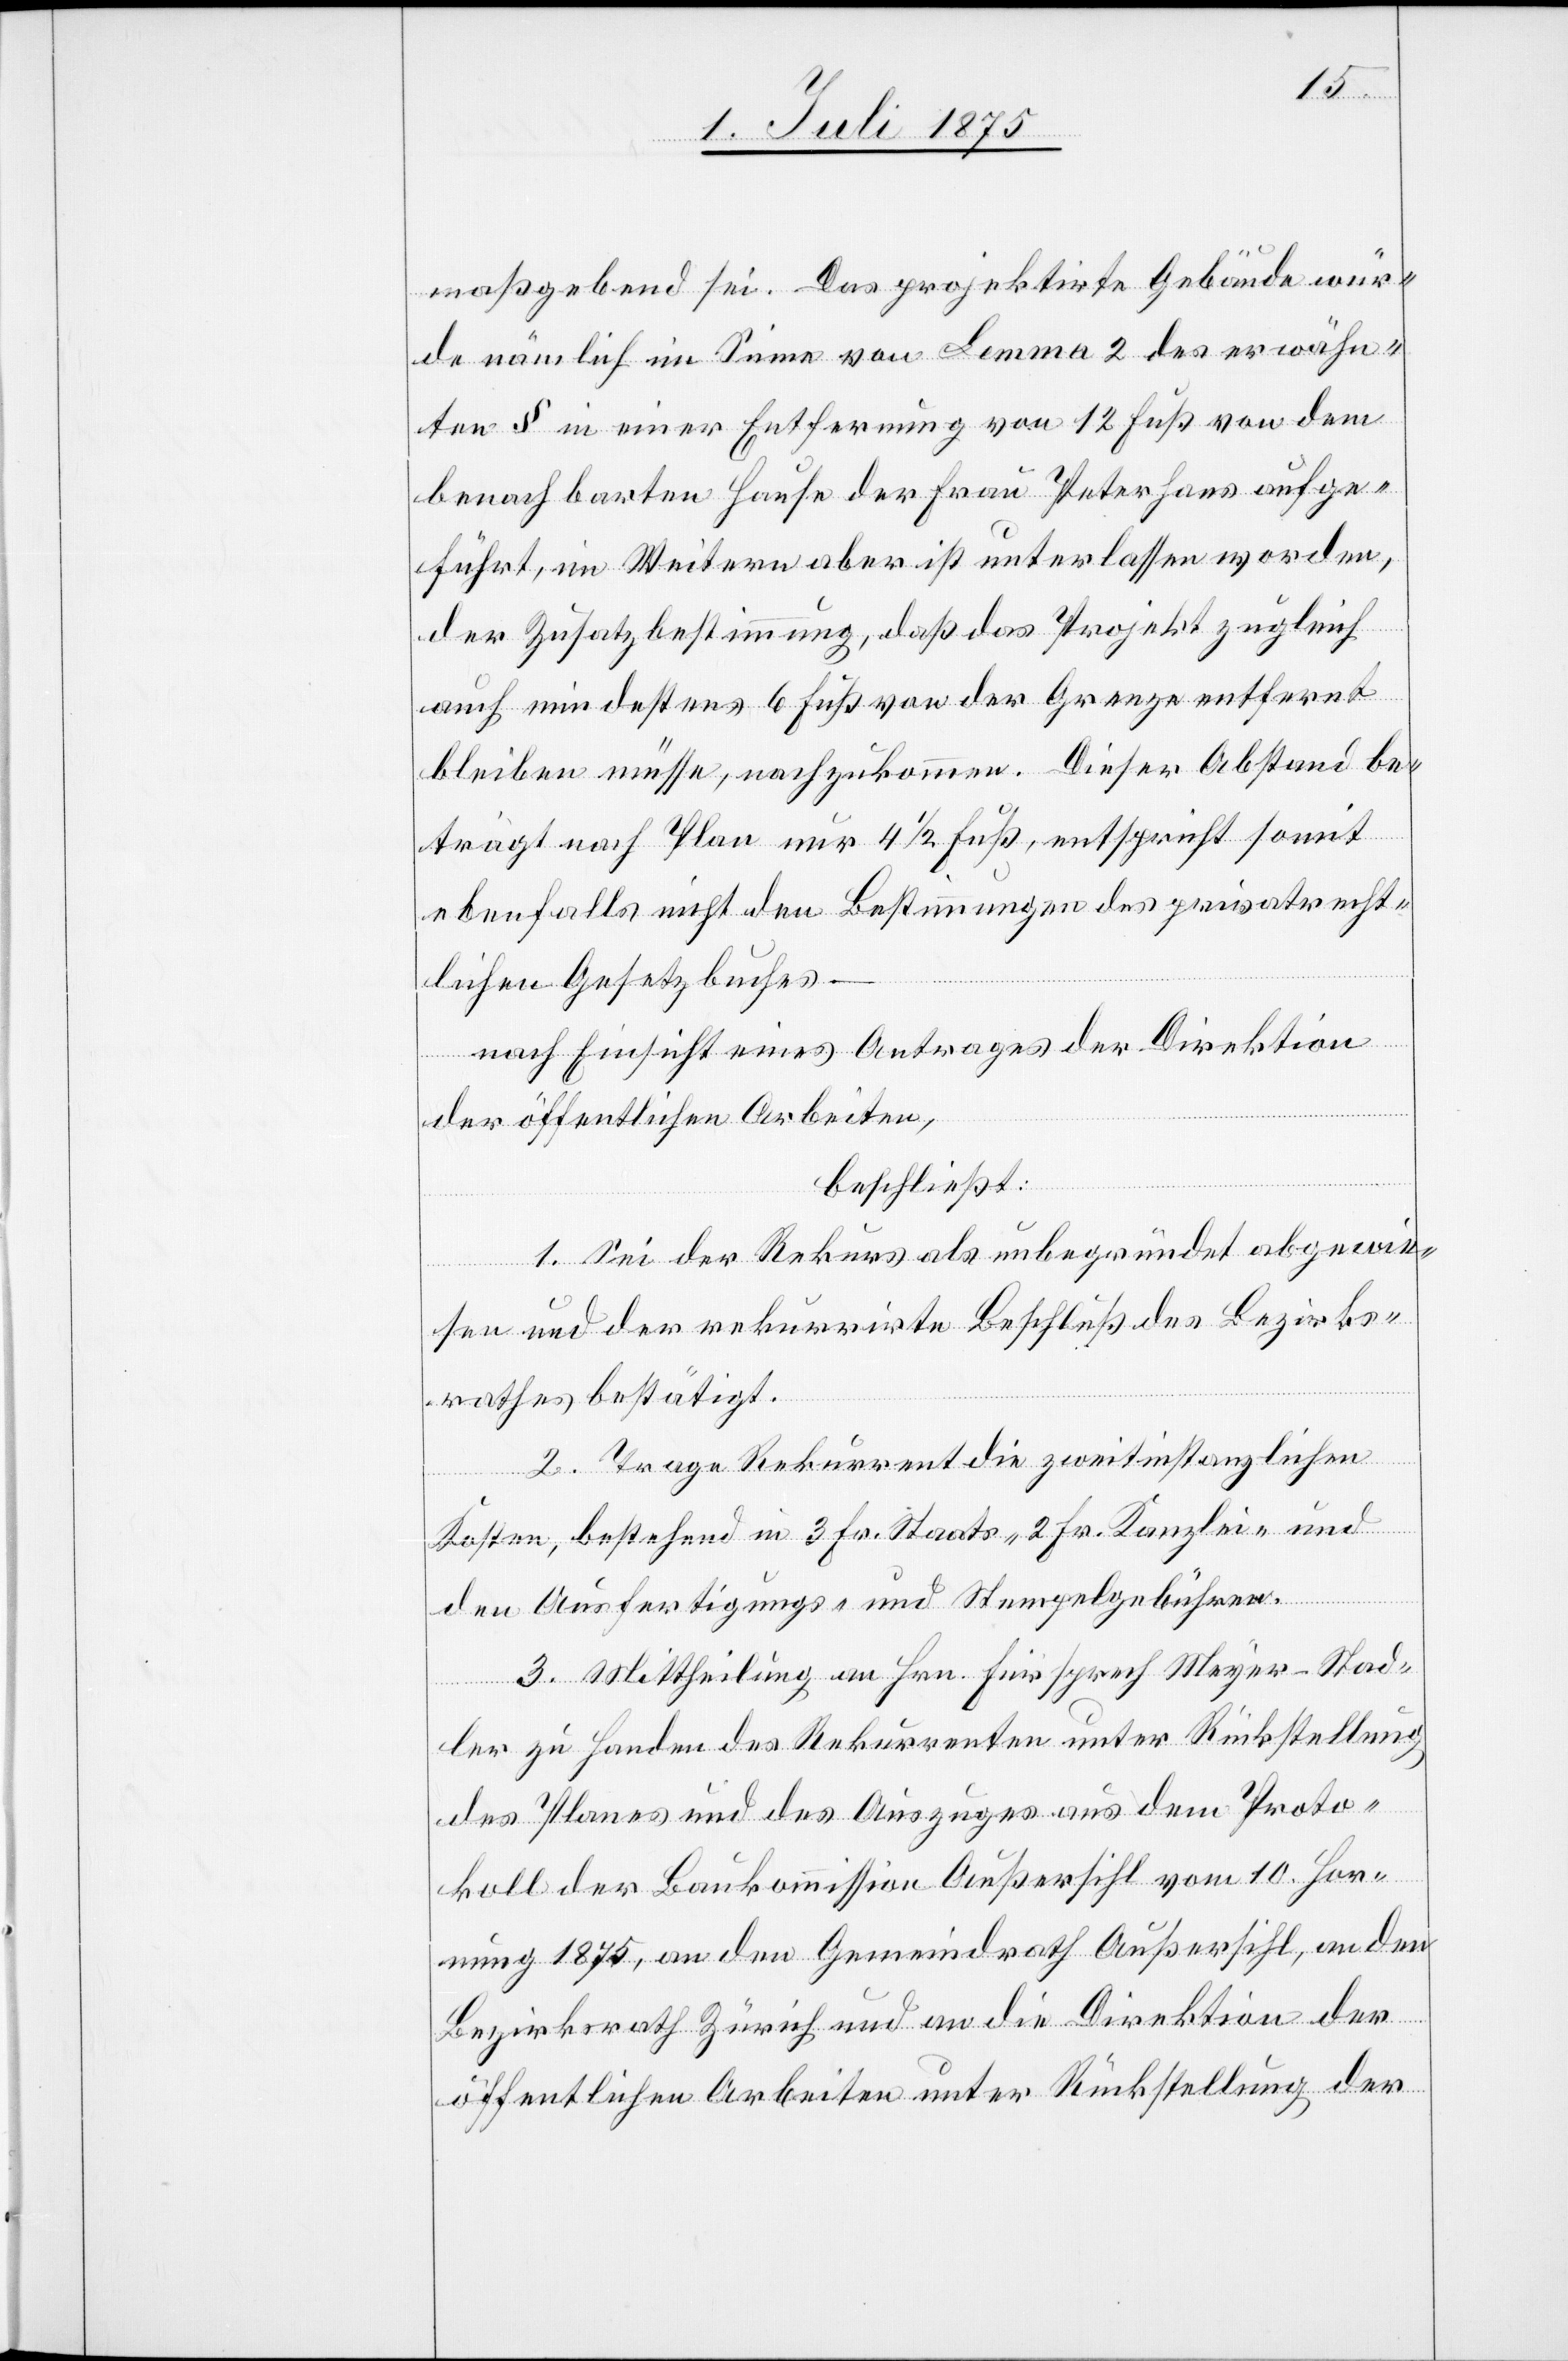
maßgebend sei. Das projektirte Gebäude wür¬
de nämlich im Sinne von Lemma 2 des erwähn¬
ten § in einer Entfernung von 12 Fuß von dem
benachbarten Hause der Frau Peterhans aufge¬
führt, im Weitern aber ist unterlassen worden,
der Zusatzbestimmung, daß das Projekt zugleich
auch mindestens 6 Fuß von der Grenze entfernt
bleiben müsse, nachzukommen. Dieser Abstand be¬
trägt nach Plan nur 4 1/2 Fuß, entspricht somit
ebenfalls nicht den Bestimmungen des privatrecht¬
lichen Gesetzbuches –
nach Einsicht eines Antrages der Direktion
der öffentlichen Arbeiten,
beschließt:
1. Sei der Rekurs als unbegründet abgewie¬
sen und der rekurrirte Beschluß des Bezirks¬
rathes bestätigt.
2. Trage Rekurrent die zweitinstanzlichen
Kosten, bestehend in 3 Fr. Staats-[,] 2 Fr. Kanzlei- und
den Ausfertigungs- und Stempelgebühren.
3. Mittheilung an Hrn. Fürsprech Meyer-Stad¬
ler zu Handen des Rekurrenten unter Rückstellung
des Planes und des Auszuges aus dem Proto¬
koll der Baukommission Außersihl, an den
Bezirksrath Zürich und an die Direktion der
öffentlichen Arbeiten unter Rückstellung der